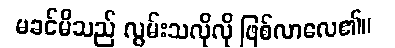
မခင်မိသည် လွမ်းသလိုလို ဖြစ်လာလေ၏။